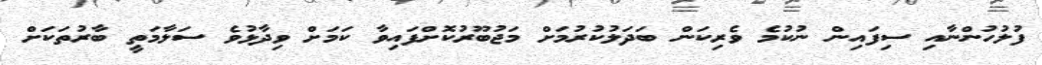
ފުލުހުންނާއި ސިފައިން ނުކުމެ ވެރިކަން ބަދަލުކުރުމަށް މަޖުބޫރުކޮށްފައިވާ ކަމަށް ވިދާޅުވެ ސަލާމަތީ ބާރުތަކަށް